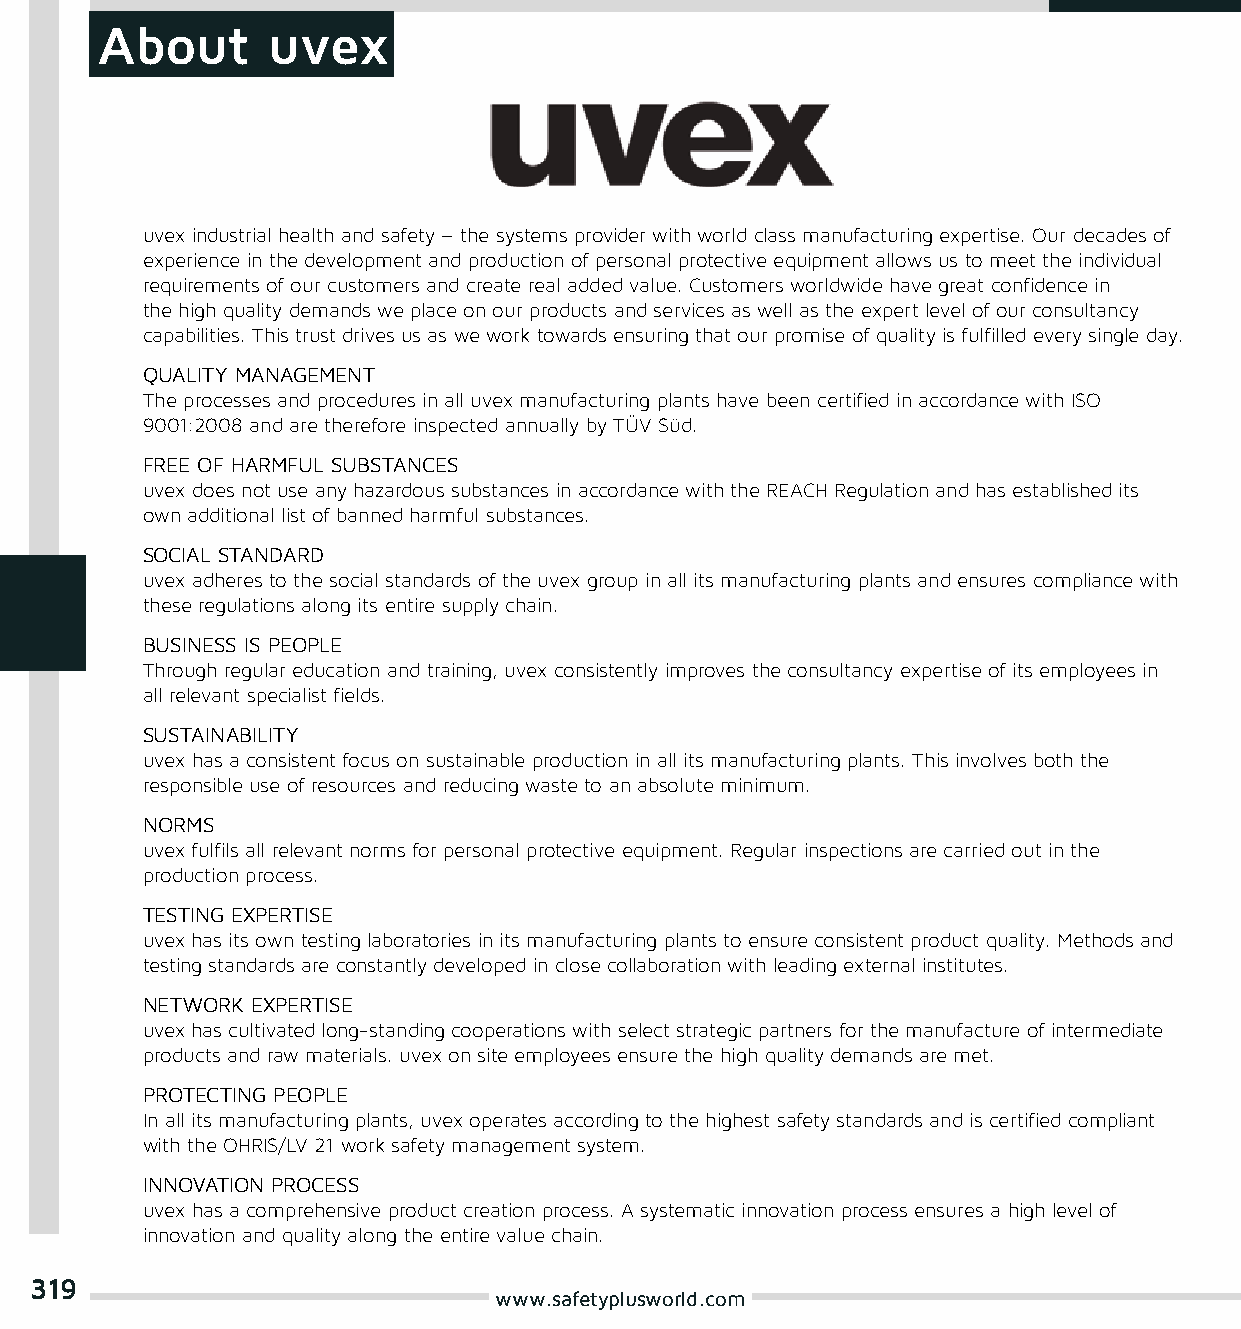
About       uvex
 uvex industrial health and safety – the systems provider with world class manufacturing expertise. Our decades of
 experience in the development and production of personal protective equipment allows us to meet the individual
 requirements of our customers and create real added value. Customers worldwide have great confidence in
 the high quality demands we place on our products and services as well as the expert level of our consultancy
 capabilities. This trust drives us as we work towards ensuring that our promise of quality is fulfilled every single day.
 QUALITY MANAGEMENT
 The processes and procedures in all uvex manufacturing plants have been certified in accordance with ISO
 9001:2008 and are therefore inspected annually by TÜV Süd.
 FREE OF HARMFUL SUBSTANCES
 uvex does not use any hazardous substances in accordance with the REACH Regulation and has established its
 own additional list of banned harmful substances.
 SOCIAL STANDARD
 uvex adheres to the social standards of the uvex group in all its manufacturing plants and ensures compliance with
 these regulations along its entire supply chain.
 BUSINESS IS PEOPLE
 Through regular education and training, uvex consistently improves the consultancy expertise of its employees in
 all relevant specialist fields.
 SUSTAINABILITY
 uvex has a consistent focus on sustainable production in all its manufacturing plants. This involves both the
 responsible use of resources and reducing waste to an absolute minimum.
 NORMS
 uvex fulfils all relevant norms for personal protective equipment. Regular inspections are carried out in the
 production process.
 TESTING EXPERTISE
 uvex has its own testing laboratories in its manufacturing plants to ensure consistent product quality. Methods and
 testing standards are constantly developed in close collaboration with leading external institutes.
 NETWORK EXPERTISE
 uvex has cultivated long-standing cooperations with select strategic partners for the manufacture of intermediate
 products and raw materials. uvex on site employees ensure the high quality demands are met.
 PROTECTING PEOPLE
 In all its manufacturing plants, uvex operates according to the highest safety standards and is certified compliant
 with the OHRIS/LV 21 work safety management system.
 INNOVATION PROCESS
 uvex has a comprehensive product creation process. A systematic innovation process ensures a high level of
 innovation and quality along the entire value chain.
 319
 www.safetyplusworld.com